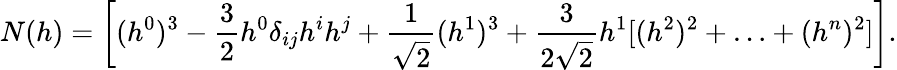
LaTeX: N(h)=\left[(h^{0})^{3}-\frac{3}{2}h^{0}\delta_{ij}h^{i}h^{j}+\frac{1}{\sqrt{2}}(h^{1})^{3}+\frac{3}{2\sqrt{2}}h^{1}[(h^{2})^{2}+\ldots+(h^{n})^{2}]\right].